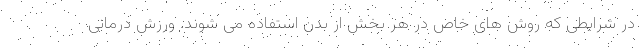
در شرایطی که روش های خاص در هر بخش از بدن استفاده می شوند. ورزش درمانی